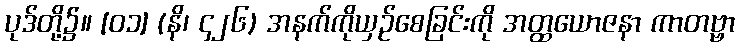
ပုဒ်တို့၌။ [၀၁] (နိ၊ ၄၂၆) အနက်ကိုယှဉ်စေခြင်းကို အတ္ထယောဇနာ ကာတဗ္ဗာ